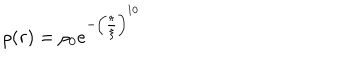
LaTeX: \rho ( r ) = \rho _ { 0 } e ^ { - \left( \frac { r } { \xi } \right) ^ { 1 0 } }